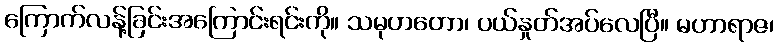
ကြောက်လန့်ခြင်းအကြောင်းရင်းကို။ သမုဟတော၊ ပယ်နှုတ်အပ်လေပြီ။ မဟာရာဇ၊